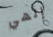
إلهي